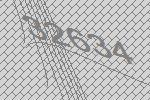
32634